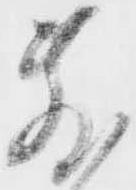
敷